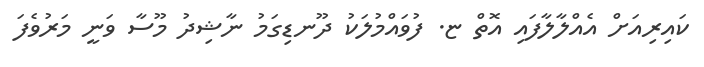
ކައިރިއަށް އެއްލާލާފައި އޮތް ޏ. ފުވައްމުލަކު ދޫނޑިގަމު ނާޝިދު މޫސާ ވަނީ މަރުވެފަ